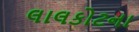
લાલકોટના